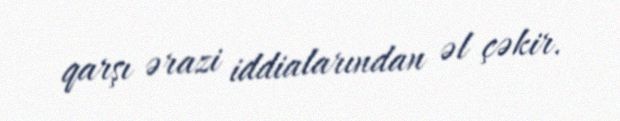
qarşı ərazi iddialarından əl çəkir.